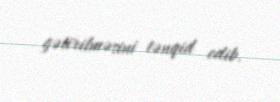
gətirilməsini tənqid edib.